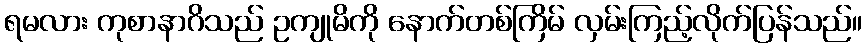
ရမလား ကုစာနာဂိသည် ဥကျုမိကို နောက်တစ်ကြိမ် လှမ်းကြည့်လိုက်ပြန်သည်။